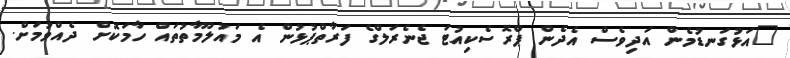
"އަޅުގަނޑުމެން އަދިވެސް އެދެން ޕްރޮސެކިއުޓަ ޖެނެރަލްގެ ފަރާތްޕުޅުން އެ މައުލޫމާތުތައް ހާމަކޮށް ދެއްވުމަށް.